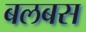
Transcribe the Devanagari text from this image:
बलबस